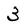
Character: 3